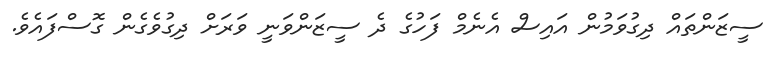
ސީޒަންތައް ދިގުވަމުން އައިސް އެނެމް ފަހުގެ ދެ ސީޒަންވަނީ ވަރަށް ދިގުވެގެން ގޮސްފައެވެ.